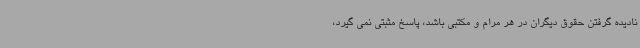
نادیده گرفتن حقوق دیگران در هر مرام و مکتبی باشد، پاسخ مثبتی نمی گیرد،